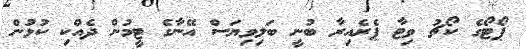
ޕޯޓޯގެ ކޯޗު ވިޓާ ޕެރެއިރާ ބުނީ ބަލިވިޔަސް އޭނާގެ ޓީމުން ދެއްކި ކުޅުން